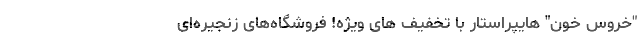
"خروس خون" هایپراستار با تخفیف­ های‌ ویژه! فروشگاه‌های زنجیره­ای